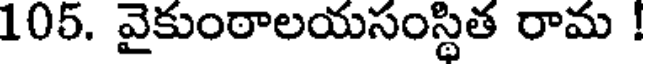
105. వైకుంఠాలయసంస్థిత రామ !